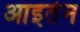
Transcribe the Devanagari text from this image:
आइर्तन